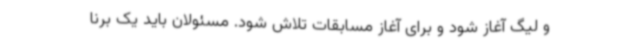
و لیگ آغاز شود و برای آغاز مسابقات تلاش شود. مسئولان باید یک برنا